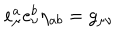
e _ { \mu } ^ { a } e _ { \nu } ^ { b } \eta _ { a b } = g _ { \mu \nu }